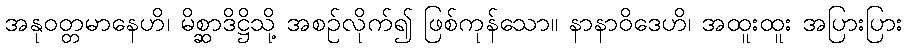
အနုဝတ္တမာနေဟိ၊ မိစ္ဆာဒိဋ္ဌိသို့ အစဉ်လိုက်၍ ဖြစ်ကုန်သော။ နာနာဝိဒေဟိ၊ အထူးထူး အပြားပြား